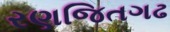
રણજિતગઢ